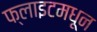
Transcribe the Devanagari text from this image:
फ्लाइटमधून